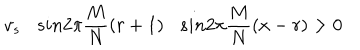
LaTeX: v _ { s } s i n 2 \pi \frac { M } { N } ( r + 1 ) s i n 2 \pi \frac { M } { N } ( x - r ) > 0